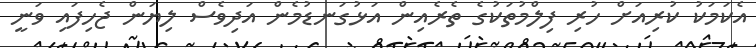
އެކަމަކު ކުރިއަށް ހުރި ފިލްމުތަކުގެ ތެރެއިން އަޅުގަނޑުމެން އަދިވެސް ލިޔަން ޖެހިފައި ވަނީ